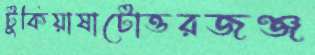
টুকিয়াষাটোত্তরজঞ্জ